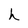
Character: h